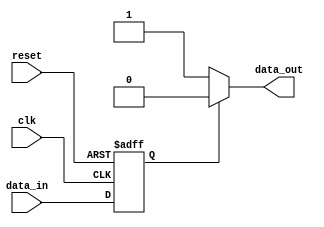
module timing_control_sync_block (
    input wire clk,
    input wire reset,
    input wire data_in,
    output reg data_out
);

reg internal_data;

always @(posedge clk or posedge reset) begin
    if (reset) begin
        internal_data <= 1'b0;
    end else begin
        internal_data <= data_in;
    end
end

always @(*) begin
    if (internal_data) begin
        data_out <= 1'b0;
    end else begin
        data_out <= 1'b1;
    end
end

endmodule